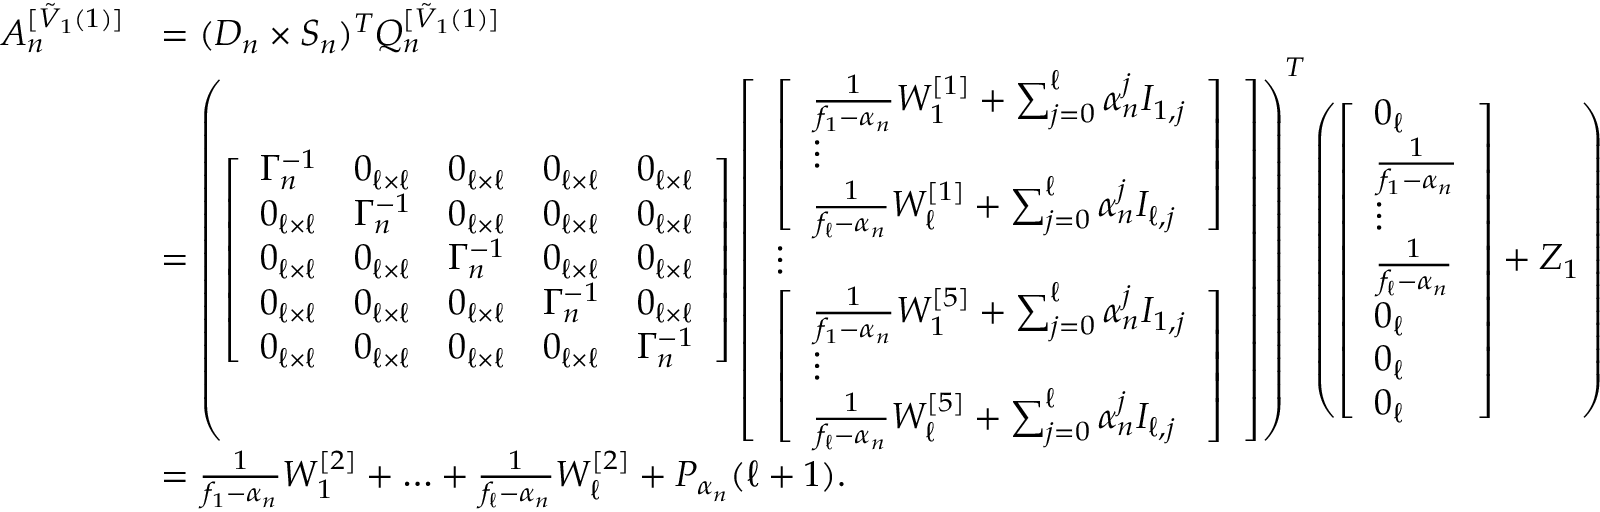
\begin{array} { r l } { A _ { n } ^ { [ \Tilde { V } _ { 1 } ( 1 ) ] } } & { = ( D _ { n } \times S _ { n } ) ^ { T } Q _ { n } ^ { [ \Tilde { V } _ { 1 } ( 1 ) ] } } \\ & { = \left( \left[ \begin{array} { l l l l l } { \Gamma _ { n } ^ { - 1 } } & { 0 _ { \ell \times \ell } } & { 0 _ { \ell \times \ell } } & { 0 _ { \ell \times \ell } } & { 0 _ { \ell \times \ell } } \\ { 0 _ { \ell \times \ell } } & { \Gamma _ { n } ^ { - 1 } } & { 0 _ { \ell \times \ell } } & { 0 _ { \ell \times \ell } } & { 0 _ { \ell \times \ell } } \\ { 0 _ { \ell \times \ell } } & { 0 _ { \ell \times \ell } } & { \Gamma _ { n } ^ { - 1 } } & { 0 _ { \ell \times \ell } } & { 0 _ { \ell \times \ell } } \\ { 0 _ { \ell \times \ell } } & { 0 _ { \ell \times \ell } } & { 0 _ { \ell \times \ell } } & { \Gamma _ { n } ^ { - 1 } } & { 0 _ { \ell \times \ell } } \\ { 0 _ { \ell \times \ell } } & { 0 _ { \ell \times \ell } } & { 0 _ { \ell \times \ell } } & { 0 _ { \ell \times \ell } } & { \Gamma _ { n } ^ { - 1 } } \end{array} \right] \left[ \begin{array} { l } { \left[ \begin{array} { l } { \frac { 1 } { f _ { 1 } - \alpha _ { n } } W _ { 1 } ^ { [ 1 ] } + \sum _ { j = 0 } ^ { \ell } \alpha _ { n } ^ { j } I _ { 1 , j } } \\ { \vdots } \\ { \frac { 1 } { f _ { \ell } - \alpha _ { n } } W _ { \ell } ^ { [ 1 ] } + \sum _ { j = 0 } ^ { \ell } \alpha _ { n } ^ { j } I _ { \ell , j } } \end{array} \right] } \\ { \vdots } \\ { \left[ \begin{array} { l } { \frac { 1 } { f _ { 1 } - \alpha _ { n } } W _ { 1 } ^ { [ 5 ] } + \sum _ { j = 0 } ^ { \ell } \alpha _ { n } ^ { j } I _ { 1 , j } } \\ { \vdots } \\ { \frac { 1 } { f _ { \ell } - \alpha _ { n } } W _ { \ell } ^ { [ 5 ] } + \sum _ { j = 0 } ^ { \ell } \alpha _ { n } ^ { j } I _ { \ell , j } } \end{array} \right] } \end{array} \right] \right) ^ { T } \left( \left[ \begin{array} { l } { 0 _ { \ell } } \\ { \frac { 1 } { f _ { 1 } - \alpha _ { n } } } \\ { \vdots } \\ { \frac { 1 } { f _ { \ell } - \alpha _ { n } } } \\ { 0 _ { \ell } } \\ { 0 _ { \ell } } \\ { 0 _ { \ell } } \end{array} \right] + Z _ { 1 } \right) } \\ & { = \frac { 1 } { f _ { 1 } - \alpha _ { n } } W _ { 1 } ^ { [ 2 ] } + \dotsc + \frac { 1 } { f _ { \ell } - \alpha _ { n } } W _ { \ell } ^ { [ 2 ] } + P _ { \alpha _ { n } } ( \ell + 1 ) . } \end{array}